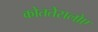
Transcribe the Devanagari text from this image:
कोततेसलोए